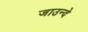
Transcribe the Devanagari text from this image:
जाउन्दे